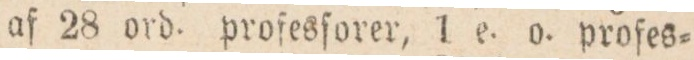
af 28 ord. profesforer, 1 e. o. profes=